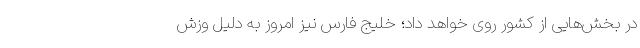
در بخش‌هایی از کشور روی خواهد داد؛ خلیج فارس نیز امروز به دلیل وزش